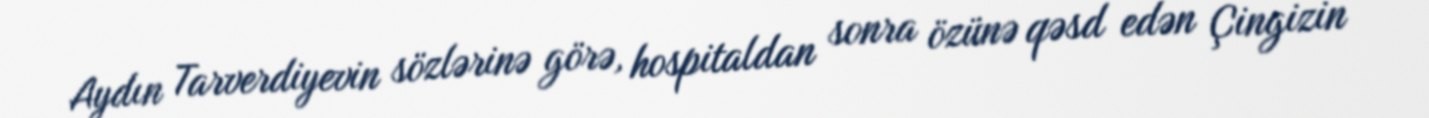
Aydın Tarverdiyevin sözlərinə görə, hospitaldan sonra özünə qəsd edən Çingizin